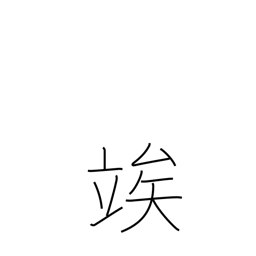
Meaning: wait until